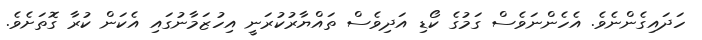
ހަދައިގެންނެވެ. އެހެންނަވެސް ގަމުގެ ކޯޑި އަދިވެސް ތައްޔާރުކުރަނީ އިހުޒަމާނުގައި އެކަން ކުރާ ގޮތަށެވެ.